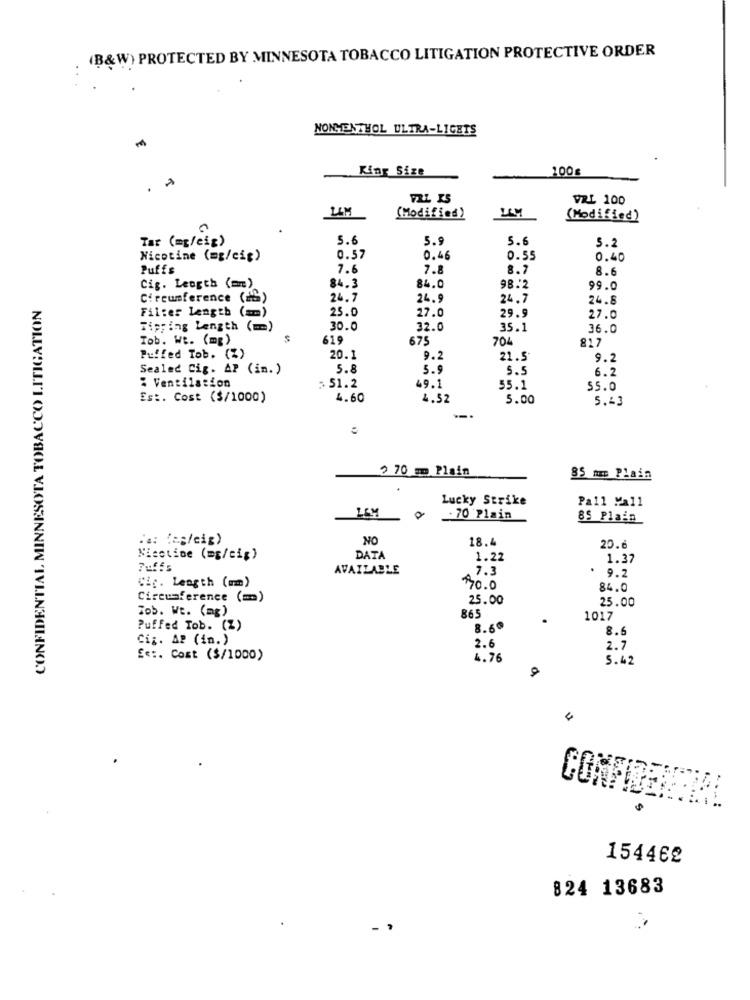
(B&W) PROTECTED BY MINNESOTA TOBACCO LITIGATION PROTECTIVE ORDER
NONMENTHOL ULTRA-LIGETS
King Size
100g
VRL 100
ULM
LAM
(Modified)
(Modified)
Tar (mg/cig)
5.6
5.9
5.6
5.2
Nicotine (mg/cit)
0.57
0.46
0.55
0.40
Puffs
7.6
7.8
8.7
8.6
Cig. Leogth (mm)
84.3
84.0
98.2
99.0
CONFIDENTIAL MINNESOTA TOBACCO LITIGATION
Circumference (S)
24.7
24.9
24,7
24.8
25.0
27.0
Filter Length (mm)
29.9
27.0
Tipping Length ( == )
30.0
32.0
35.1
36.0
Tob. Wt. (mg)
619
675
704
817
Puffed Tob. (%)
20.1
9.2
21.5
9.2
Sealed Cig. AP (in. )
5.8
5.9
5.5
6.2
% Ventilation
49.1
: S1.2
55.1
55.0
Est. Cost ($/1000)
4.60
4.52
5.00
5.43
2 70 m Plain
85 mm Plain
Lucky Strike
Pall Mall
LEM
.70 Plain
85 Plain
a: (eg/cig)
NO
18.4
20.6
Nicotine (mg/cig)
DATA
1.22
1.37
AVAILABLE
7.3
Cig. Length (mm)
9.2
$20.0
84.0
Circumference (m)
25.00
25.00
To5. Wt. (mg)
865
1017
Puffed Tob. (Z)
8.60
8.9
Ciz. AP (in.)
2.6
2.7
Ex :. Cost ($/1000)
4.76
5.42
4
154462
824 13683